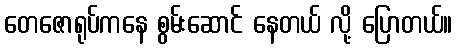
တေဇောရုပ်ကနေ စွမ်းဆောင် နေတယ် လို့ ပြောတယ်။